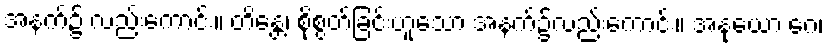
အနက်၌ လည်းကောင်း။ တိန္တေ၊ စိုစွတ်ခြင်းဟူသော အနက်၌လည်းကောင်း။ အနုယော ဂေ၊